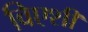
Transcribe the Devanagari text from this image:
विएशी